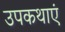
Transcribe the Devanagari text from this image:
उपकथाएं